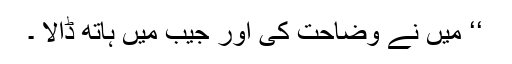
‘‘ میں نے وضاحت کی اور جیب میں ہاتھ ڈالا ۔